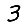
Digit: 3